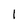
Character: 1